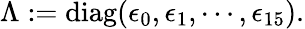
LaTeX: \begin{array}{r}{\Lambda:=\operatorname{diag}(\epsilon_{0},\epsilon_{1},\cdots,\epsilon_{15}).}\end{array}